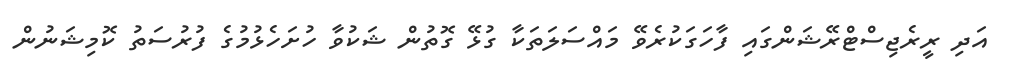
އަދި ރީރެޖިސްޓްރޭޝަންގައި ފާހަގަކުރެވޭ މައްސަލަތަކާ ގުޅޭ ގޮތުން ޝަކުވާ ހުށަހެޅުމުގެ ފުރުސަތު ކޮމިޝަނުން